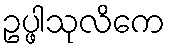
ဥပ္ဖါသုလိကေ